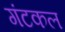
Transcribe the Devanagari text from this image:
गंटकल